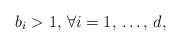
\begin{align*}b_{i}>1,\thinspace \forall i=1,\thinspace \mathellipsis ,\thinspace d,\end{align*}